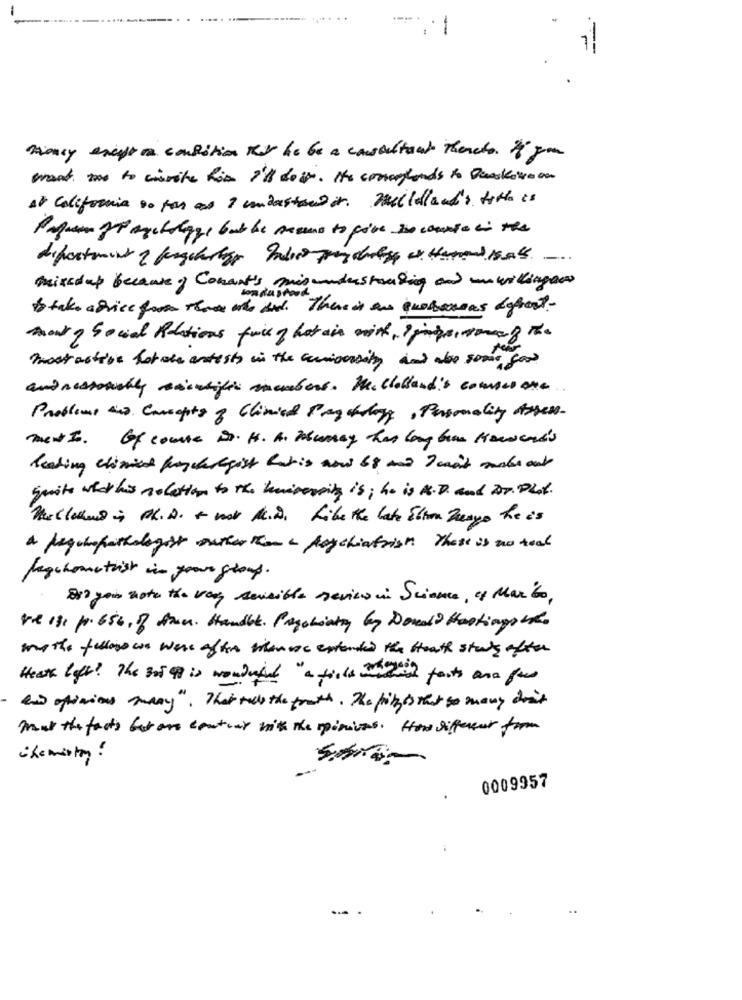
money except a condition KU he be a consultant thereto. If you
want me to write hin I'll do in . The concertlands to Danskounon
At California so far as I understand it. mulholland: title is
mixedup because of Conant's, mis understanding and unwillingaw
sonda stand
to take africe for those who did. Thereis ane quotenous aghost-
nowy Social Relations face of hot air with, i iris, someof the
mostaction hotele artists in the university and also some good
and reasonably sacchifin members. Mcclelland's courses one
Problems dis Cursopty of Clinied Pagahogy, Personality Assess.
men In. Of course is. H. A. Murray has long been Howard's
leading elimied prycharegist Retis now 68 and I can't make our
smite what his notation to the university is ; he is A.D. and Dr. Plat.
hellohend is Ph.D. + voor M.D. Like the late Elton Mayo he is
a pagehopathologist author kan e parchiafrist. There is no toal
Jagchometist in your group.
8) you note the vagy sensible review in Science, 4 Marito,
the 13, p. 656, of Arm. Handle. Protiatry by Donato Hastings the
mathe fellows we were after thenose extended the south study after
Heat left? The 30 9 is wondered "a fires which forts ana for
and opinions many", That tells the truth. The fritzis that so many don't
mul the facts beton contrar with the opinions. How different form
0009957
...